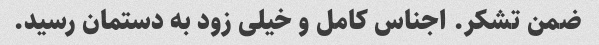
ضمن تشکر. اجناس کامل و خیلی زود به دستمان رسید.